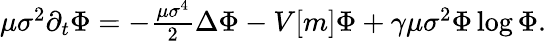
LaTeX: \begin{array}{r}{\mu\sigma^{2}\partial_{t}\Phi=-\frac{\mu\sigma^{4}}{2}\Delta\Phi-V[m]\Phi+\gamma\mu\sigma^{2}\Phi\log{\Phi}.}\end{array}